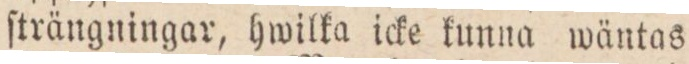
ſträngningar, hwilka icke kunna wäntas